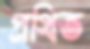
প্রথিত